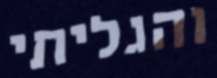
והגליתי